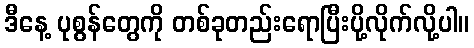
ဒီနေ့ ပုစွန်တွေကို တစ်ခုတည်းရောပြီးပို့လိုက်လို့ပါ။